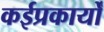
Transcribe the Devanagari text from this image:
कईप्रकार्यों